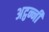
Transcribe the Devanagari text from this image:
अट्ठन्नी